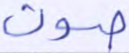
صوت